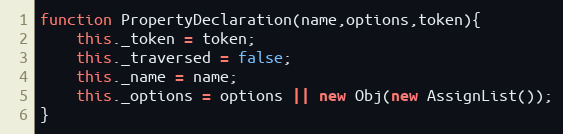
Language: JavaScript
function PropertyDeclaration(name,options,token){
	this._token = token;
	this._traversed = false;
	this._name = name;
	this._options = options || new Obj(new AssignList());
}